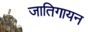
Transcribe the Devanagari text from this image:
जातिगायन